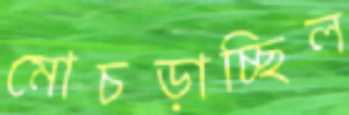
মোচড়াচ্ছিল